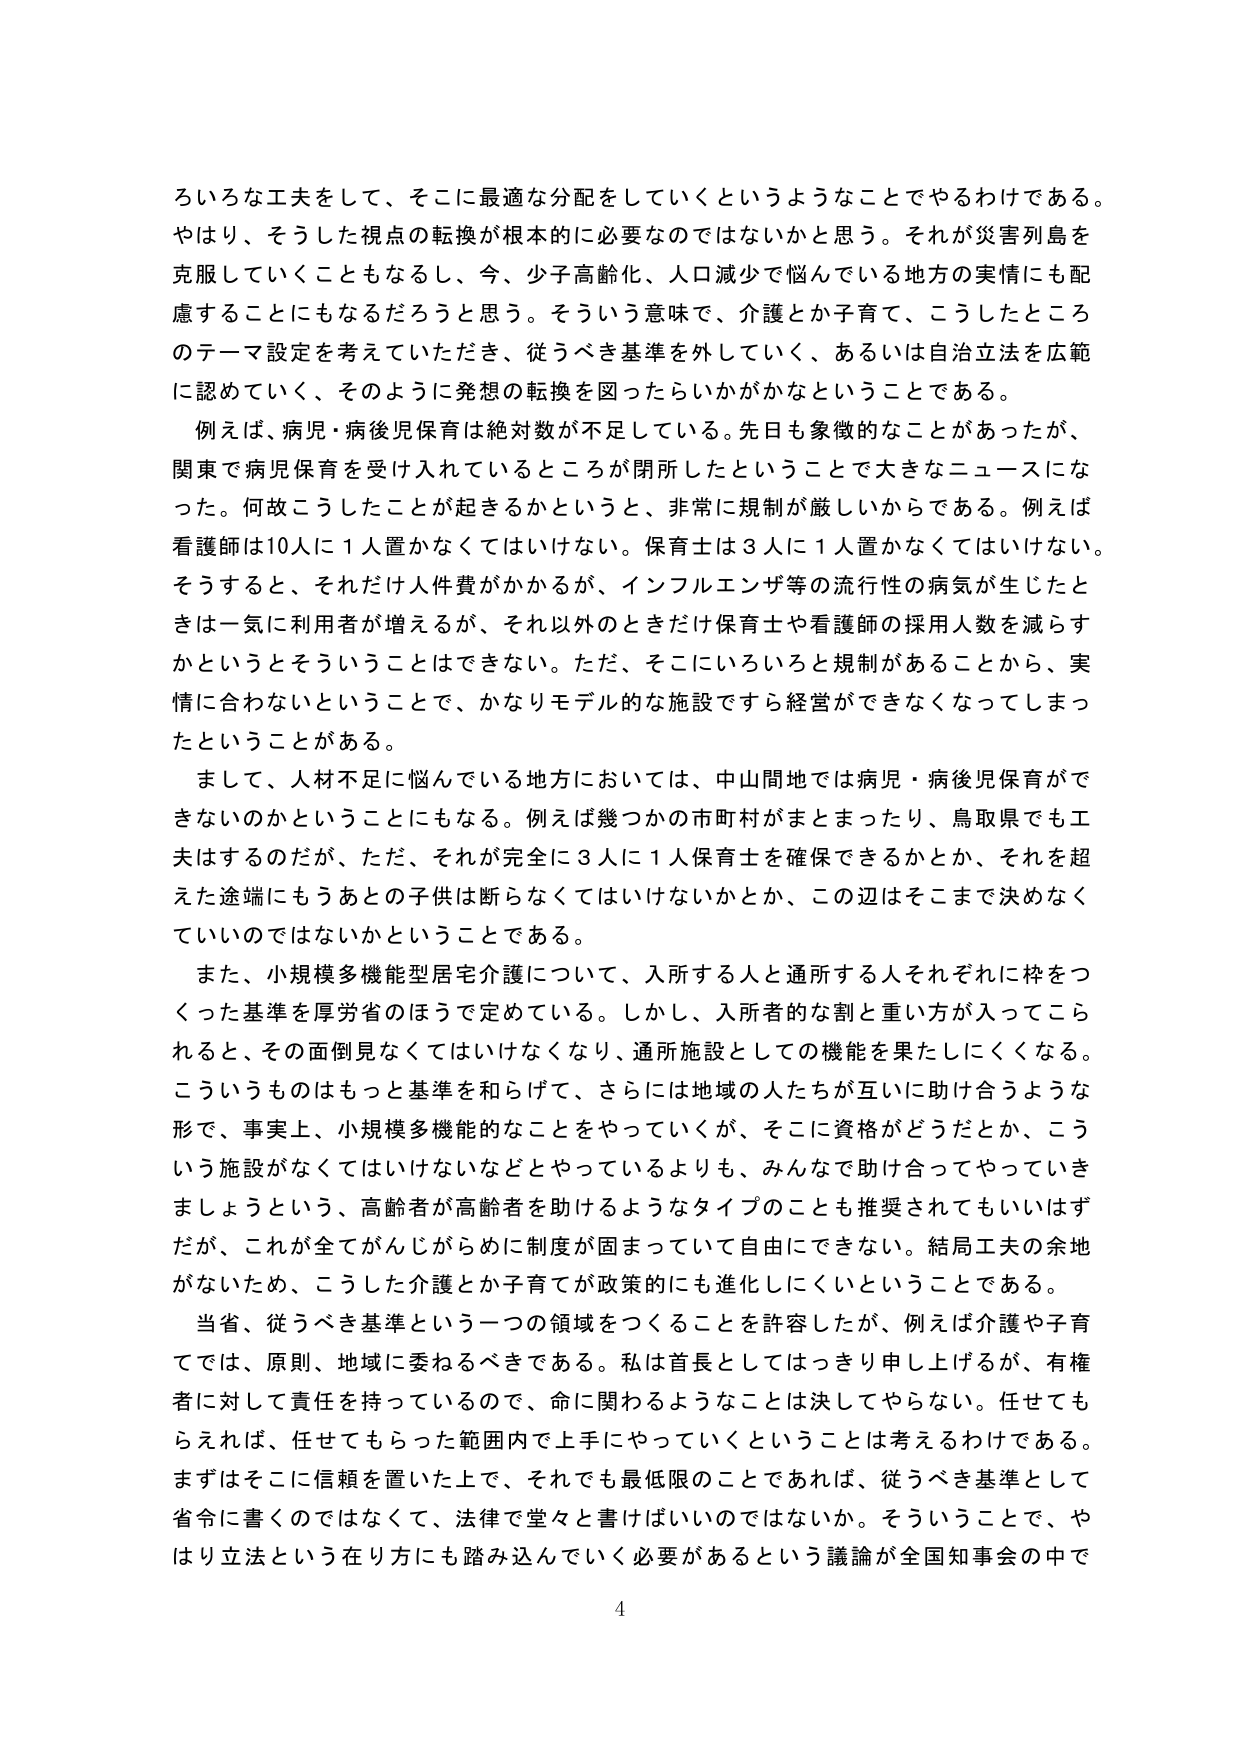
ろいろな工夫をして、そこに最適な分配をしていくというようなことでやるわけである。
やはり、そうした視点の転換が根本的に必要なのではないかと思う。それが災害列島を
克服していくこともなるし、今、少子高齢化、人口減少で悩んでいる地方の実情にも配
慮することにもなるだろうと思う。そういう意味で、介護とか子育て、こうしたところ
のテーマ設定を考えていただき、従うべき基準を外していく、あるいは自治立法を広範
に認めていく、そのように発想の転換を図ったらいかがかなということである。

例えば、病児・病後児保育は絶対数が不足している。先日も象徴的なことがあったが、
関東で病児保育を受け入れているところが閉所したということで大きなニュースにな
った。何故こうしたことが起きるかというと、非常に規制が厳しいからである。例えば
看護師は10人に1人置かなくてはいけない。保育士は3人に1人置かなくてはいけない。
そうすると、それだけ人件費がかかるが、インフルエンザ等の流行性の病気が生じたと
きは一気に利用者が増えるが、それ以外のときだけ保育士や看護師の採用人数を減らす
かというとそういうことはできない。ただ、そこにいろいろと規制があることから、実
情に合わないということで、かなりモデル的な施設ですら経営ができなくなってしまっ
たということがある。

まして、人材不足に悩んでいる地方においては、中山間地では病児・病後児保育がで
きないのかということにもなる。例えば幾つかの市町村がまとまったり、鳥取県でも工
夫はするのだが、ただ、それが完全に3人に1人保育士を確保できるかとか、それを超
えた途端にもうあとの子供は断らなくてはいけないかとか、この辺はそこまで決めなく
ていいのではないかということである。

また、小規模多機能型居宅介護について、入所する人と通所する人それぞれに枠をつ
くった基準を厚労省のほうで定めている。しかし、入所者のな割と重い方が入ってこら
れると、その面倒見なくてはいけなくなり、通所施設としての機能を果たしにくくなる。
こういうものはもっと基準を和らげて、さらには地域の人たちが互いに助け合うような
形で、事実上、小規模多機能的なことをやっていくが、そこに資格がどうだとか、こう
いう施設がなくてはいけないなどとやっているよりも、みんなで助け合ってやっていき
ましょうという、高齢者が高齢者を助けるようなタイプのことも推奨されてもいいはず
だが、これが全てがんじがらめに制度が固まっていて自由にできない。結局工夫の余地
がないため、こうした介護とか子育てが政策的にも進化しにくいということである。

当省、従うべき基準という一つの領域をつくることを許容したが、例えば介護や子育
てでは、原則、地域に委ねるべきである。私は首長としてはっきり申し上げるが、有権
者に対して責任を持っているので、命に関わるようなことは決してやらない。任せても
らえれば、任せてもらった範囲内で上手にやっていくということは考えるわけである。
まずはそこに信頼を置いた上で、それでも最低限のことであれば、従うべき基準として
省令に書くのではなくて、法律で堂々と書けばいいのではないか。そういうことで、や
はり立法という在り方にも踏み込んでいく必要があるという議論が全国知事会の中で

4